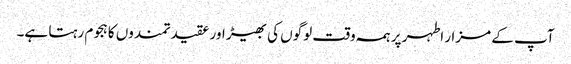
آپ کے مزار اطہر پر ہمہ وقت لوگوں کی بھیڑ اور عقیدتمندوں کا ہجوم رہتا ہے۔